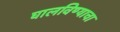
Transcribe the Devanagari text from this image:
घालविण्याचा